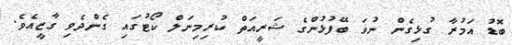
ބޮޑު އަމުރާ ގުޅިގެން ނުވަ ބޭފުޅުންގެ ޝަރީއަތް ކުރިމިނަލް ކޯޓުގައި ގެންދެވި ގާޒީއެވެ.